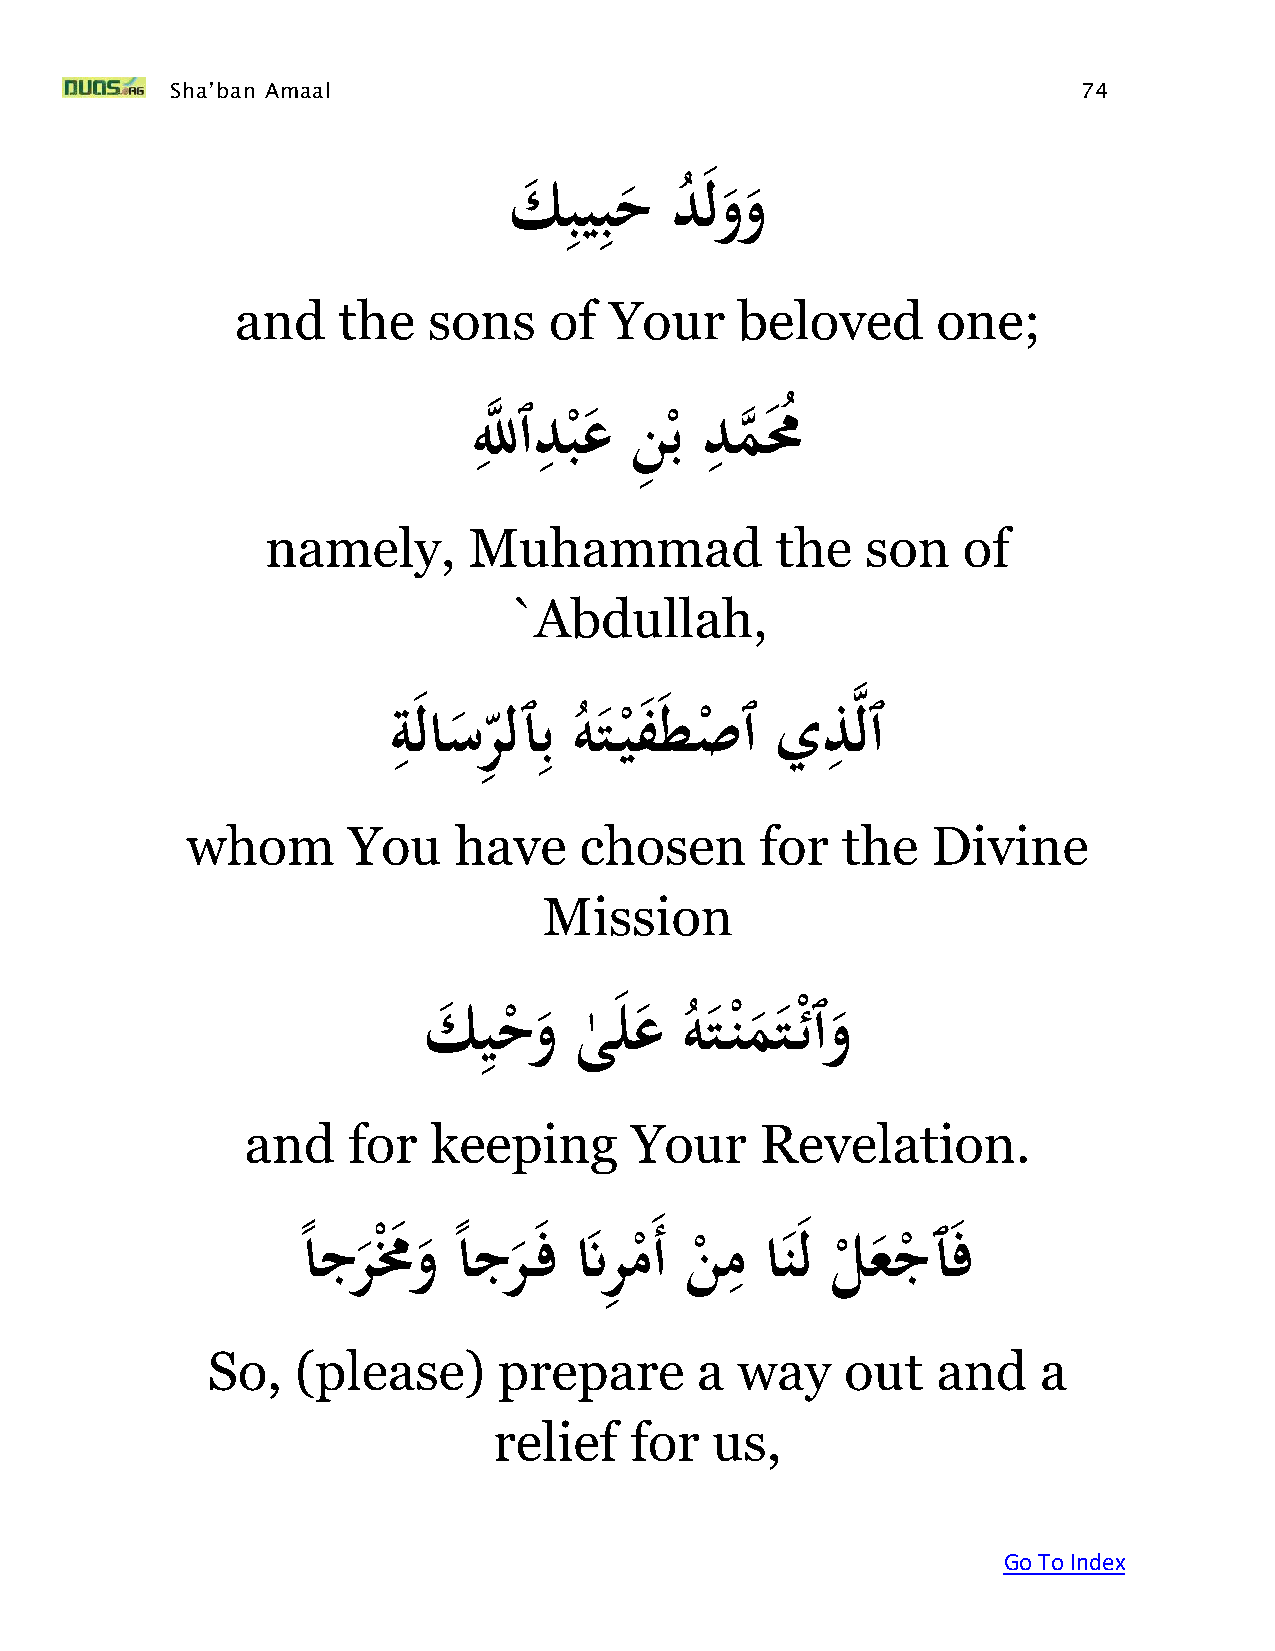
Sha’ban Amaal                                                74
 ِ  ِ
 َكبيبحَد     لوو
 ُ
 and   the   sons    of  Your     beloved      one;
 ِ    ِ          ِ
 َللَّه ٱدبعَنِ بَدممُ
 ْ      ْ
 ه  ُ
 namely,      Muhammad            the   son    of
 `Abdullah,
 ِ        ِ                   ِ ه
 ِ
 َ  ةَ لاسرلٱبَهت  يف طصٱَيذلٱ
 ُ  ْ    ْ
 whom       You    have    chosen      for   the   Divine
 Mission
 ِ
 َك  يح
 ْ
 و َى
 ٰ
 لع َ ُه ت ن ْم ت ْئٱو
 and    for  keeping       Your    Revelation.
 ِ
 ًاَجر َْمُ و َ ًاجر فَنَ
 رِ
 م
 ْ
 َأَن
 ْ
 مَا ن لَل
 ْ
 ع ج
 ْ
 ٱ ف
 So,   (please)     prepare      a  way    out   and    a
 relief   for  us,
 Go To Index